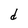
Character: d